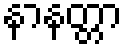
နာနတ္တာ